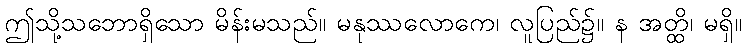
ဤသို့သဘောရှိသော မိန်းမသည်။ မနုဿလောကေ၊ လူပြည်၌။ န အတ္ထိ၊ မရှိ။